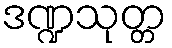
ဒဏ္ဍသုတ္တ